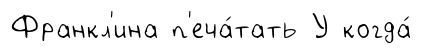
Франкл'ина п'еча́тать У когда́